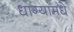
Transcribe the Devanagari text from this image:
धाग्यामधे